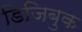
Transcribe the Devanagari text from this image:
डिजिबुक